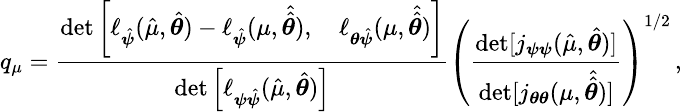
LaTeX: \small q_{\mu}=\frac{\mathrm{det}\left[\ell_{\hat{\boldsymbol{\psi}}}(\hat{\mu},\hat{\boldsymbol{\theta}})-\ell_{\hat{\boldsymbol{\psi}}}(\mu,\hat{\hat{\boldsymbol{\theta}}}),\quad\ell_{\boldsymbol{\theta}\hat{\boldsymbol{\psi}}}(\mu,\hat{\hat{\boldsymbol{\theta}}})\right]}{\mathrm{det}\left[\ell_{\boldsymbol{\psi}\hat{\boldsymbol{\psi}}}(\hat{\mu},\hat{\boldsymbol{\theta}})\right]}\left(\frac{\mathrm{det}[j_{\boldsymbol{\psi}\boldsymbol{\psi}}(\hat{\mu},\hat{\boldsymbol{\theta}})]}{\mathrm{det}[j_{\boldsymbol{\theta}\boldsymbol{\theta}}(\mu,\hat{\hat{\boldsymbol{\theta}}})]}\right)^{1/2}\, ,